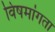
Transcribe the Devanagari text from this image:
विषमांगता